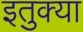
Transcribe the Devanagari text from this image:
इतुक्या